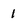
Character: 1